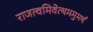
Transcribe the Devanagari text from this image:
राजत्वमिवेत्थममुमर्थं